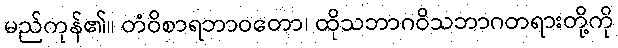
မည်ကုန်၏။ တံဝိစာရဘာဝတော၊ ထိုသဘာဂဝိသဘာဂတရားတို့ကို